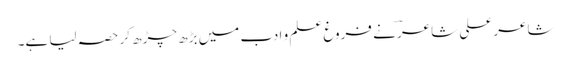
شاعر علی شاعرؔ نے فروغِ علم و ادب میں بڑھ چڑھ کر حصہ لیا ہے۔